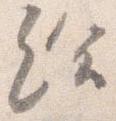
給